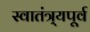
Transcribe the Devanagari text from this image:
स्वातंत्र्यपूूर्व